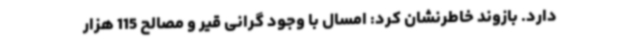
دارد. بازوند خاطرنشان کرد: امسال با وجود گرانی قیر و مصالح 115 هزار